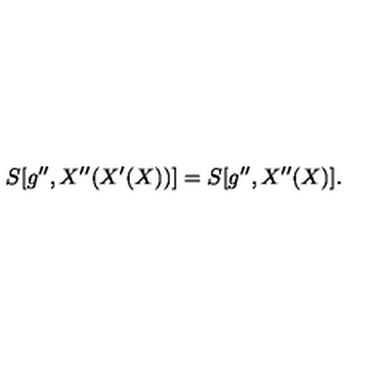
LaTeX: S [ g ^ { \prime \prime } , X ^ { \prime \prime } ( X ^ { \prime } ( X ) ) ] = S [ g ^ { \prime \prime } , X ^ { \prime \prime } ( X ) ] .